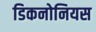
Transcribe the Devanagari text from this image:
डिकनोनियस